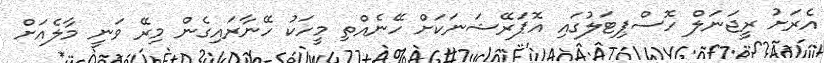
އެރަށު ރީޖަނަލް ހޮސްޕިޓަލުގައި އޮޕަރޭޝަނަކަށް ހޭނެއްތި މީހަކު ހޭނާރައިގެން މިރޭ ވަނީ މާލެއަށް